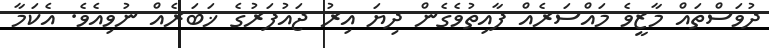
ދުވަސްތައް މާޒީވެ މައްސަރެއް ފާއިތުވެގެން ދިޔަ އިރު ޖައުފަރުގެ ޚަބަރެއް ނުވިއެވެ. އެކަމާ